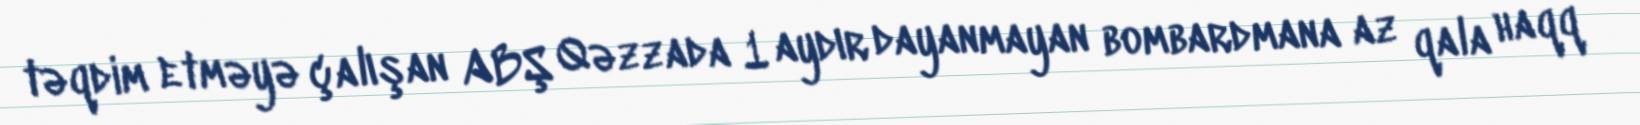
təqdim etməyə çalışan ABŞ Qəzzada 1 aydır dayanmayan bombardmana az qala haqq